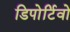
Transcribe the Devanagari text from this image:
डिपोर्टिवो